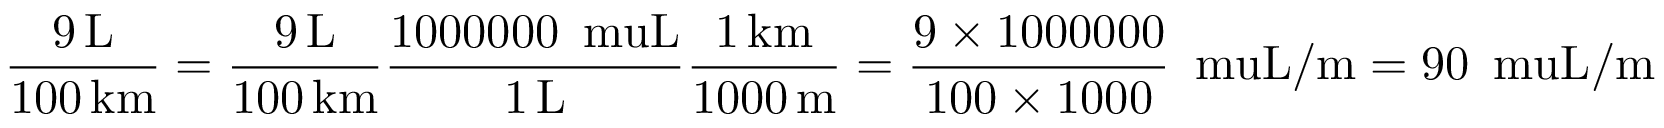
\mathrm { \frac { 9 \, \mathrm { { L } } } { 1 0 0 \, \mathrm { { k m } } } } = \mathrm { \frac { 9 \, \mathrm { { L } } } { 1 0 0 \, \mathrm { { k m } } } } \mathrm { \frac { 1 0 0 0 0 0 0 \, \mathrm { { \ m u L } } } { 1 \, \mathrm { { L } } } } \mathrm { \frac { 1 \, \mathrm { { k m } } } { 1 0 0 0 \, \mathrm { { m } } } } = { \frac { 9 \times 1 0 0 0 0 0 0 } { 1 0 0 \times 1 0 0 0 } } \, \mathrm { \ m u L / m } = 9 0 \, \mathrm { \ m u L / m }